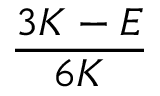
\frac { 3 K - E } { 6 K }